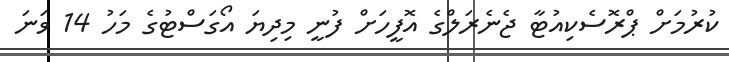
ކުރުމަށް ޕްރޮސެކިއުޓާ ޖެނެރަލްގެ އޮފީހަށް ފުނީ މިދިޔަ އޯގަސްޓުގެ މަހު 14 ވަނަ